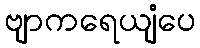
ဗျာကရေယျံပေ